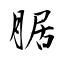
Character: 腒